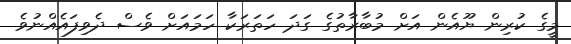
މީގެ ކުރިން ޔޫއެން އަށް މުބާރާތުގެ ގަދަ ހަތަރަކާ ހަމައަށް ވެސް ދެވިފައެއްނުވެ